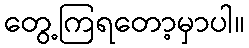
တွေ့ကြရတော့မှာပါ။